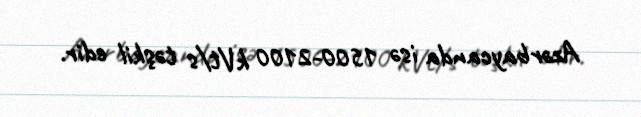
Azərbaycanda isə 1500-2100 kVt/s təşkil edir.